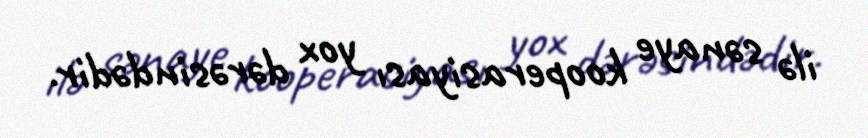
ilə sənaye kooperasiyası yox dərəsindədir.